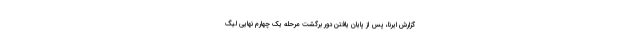
گزارش ایرنا، پس از پایان یافتن دور برگشت مرحله یک چهارم نهایی لیگ